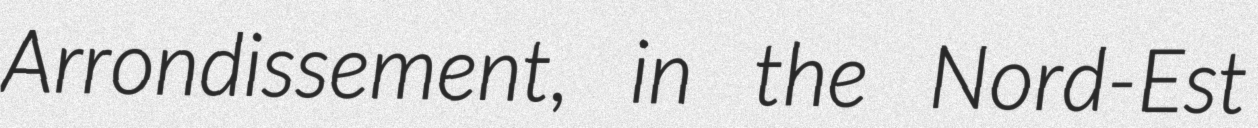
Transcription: Arrondissement, in the Nord-Est